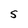
Character: S